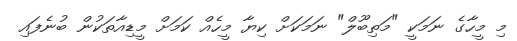
މި މީހާގެ ނަމަކީ "މަތިބޫލް" ނަމަކަށް ކިޔާ މީހެއް ކަމަށް މީޑިއާތަކުން ބުނެފައި